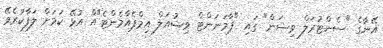
އޭނާގެ "ސެންޓުރަލް ވިޝަން" ގައި "ޕާމަނަންޓް ވިޝުއަލް އިމްޕެއާމެންޓެ"އް އުޅޭ ކަމަށް ލަފާކުރެވޭ